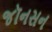
જૉનસન